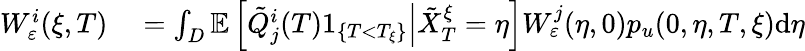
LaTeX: \begin{array}{rl}{W_{\varepsilon}^{i}(\xi,T)}&{{}=\int_{D}\mathbb{E}\left[\left.\tilde{Q}_{j}^{i}(T)1_{\{ T<T_{\xi}\} }\right|\tilde{X}_{T}^{\xi}=\eta\right]W_{\varepsilon}^{j}(\eta,0)p_{u}(0,\eta,T,\xi)\textrm{d}\eta}\end{array}